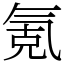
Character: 氪